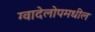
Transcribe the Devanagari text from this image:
ग्वादेलोपमधील